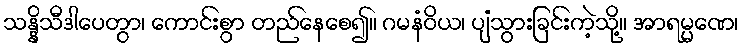
သန္နိသီဒါပေတွာ၊ ကောင်းစွာ တည်နေစေ၍။ ဂမနံဝိယ၊ ပျံသွားခြင်းကဲ့သို့။ အာရမ္မဏေ၊